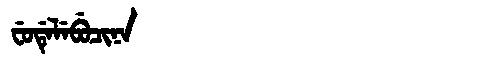
Manchu: ᠸᡠᡩᡝᠯᡝᠪᡠᠴᡳᠨᠠ
Romanization: FUDELEBUCINA